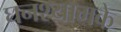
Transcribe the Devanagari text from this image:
घनश्यामके